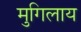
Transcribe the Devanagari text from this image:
मुगिलाय